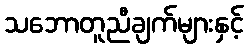
သဘောတူညီချက်များနှင့်